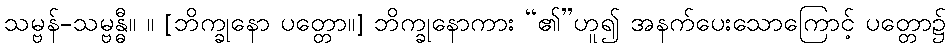
သမ္ဗန်-သမ္ဗန္ဓီ။ ။ [ဘိက္ခုနော ပတ္တော။] ဘိက္ခုနောကား “၏”ဟူ၍ အနက်ပေးသောကြောင့် ပတ္တော၌